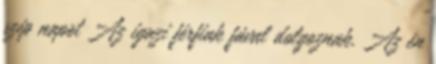
szép napot Az igazi férfiak fával dolgoznak. Az én